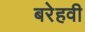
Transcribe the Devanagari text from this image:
बरेहवी